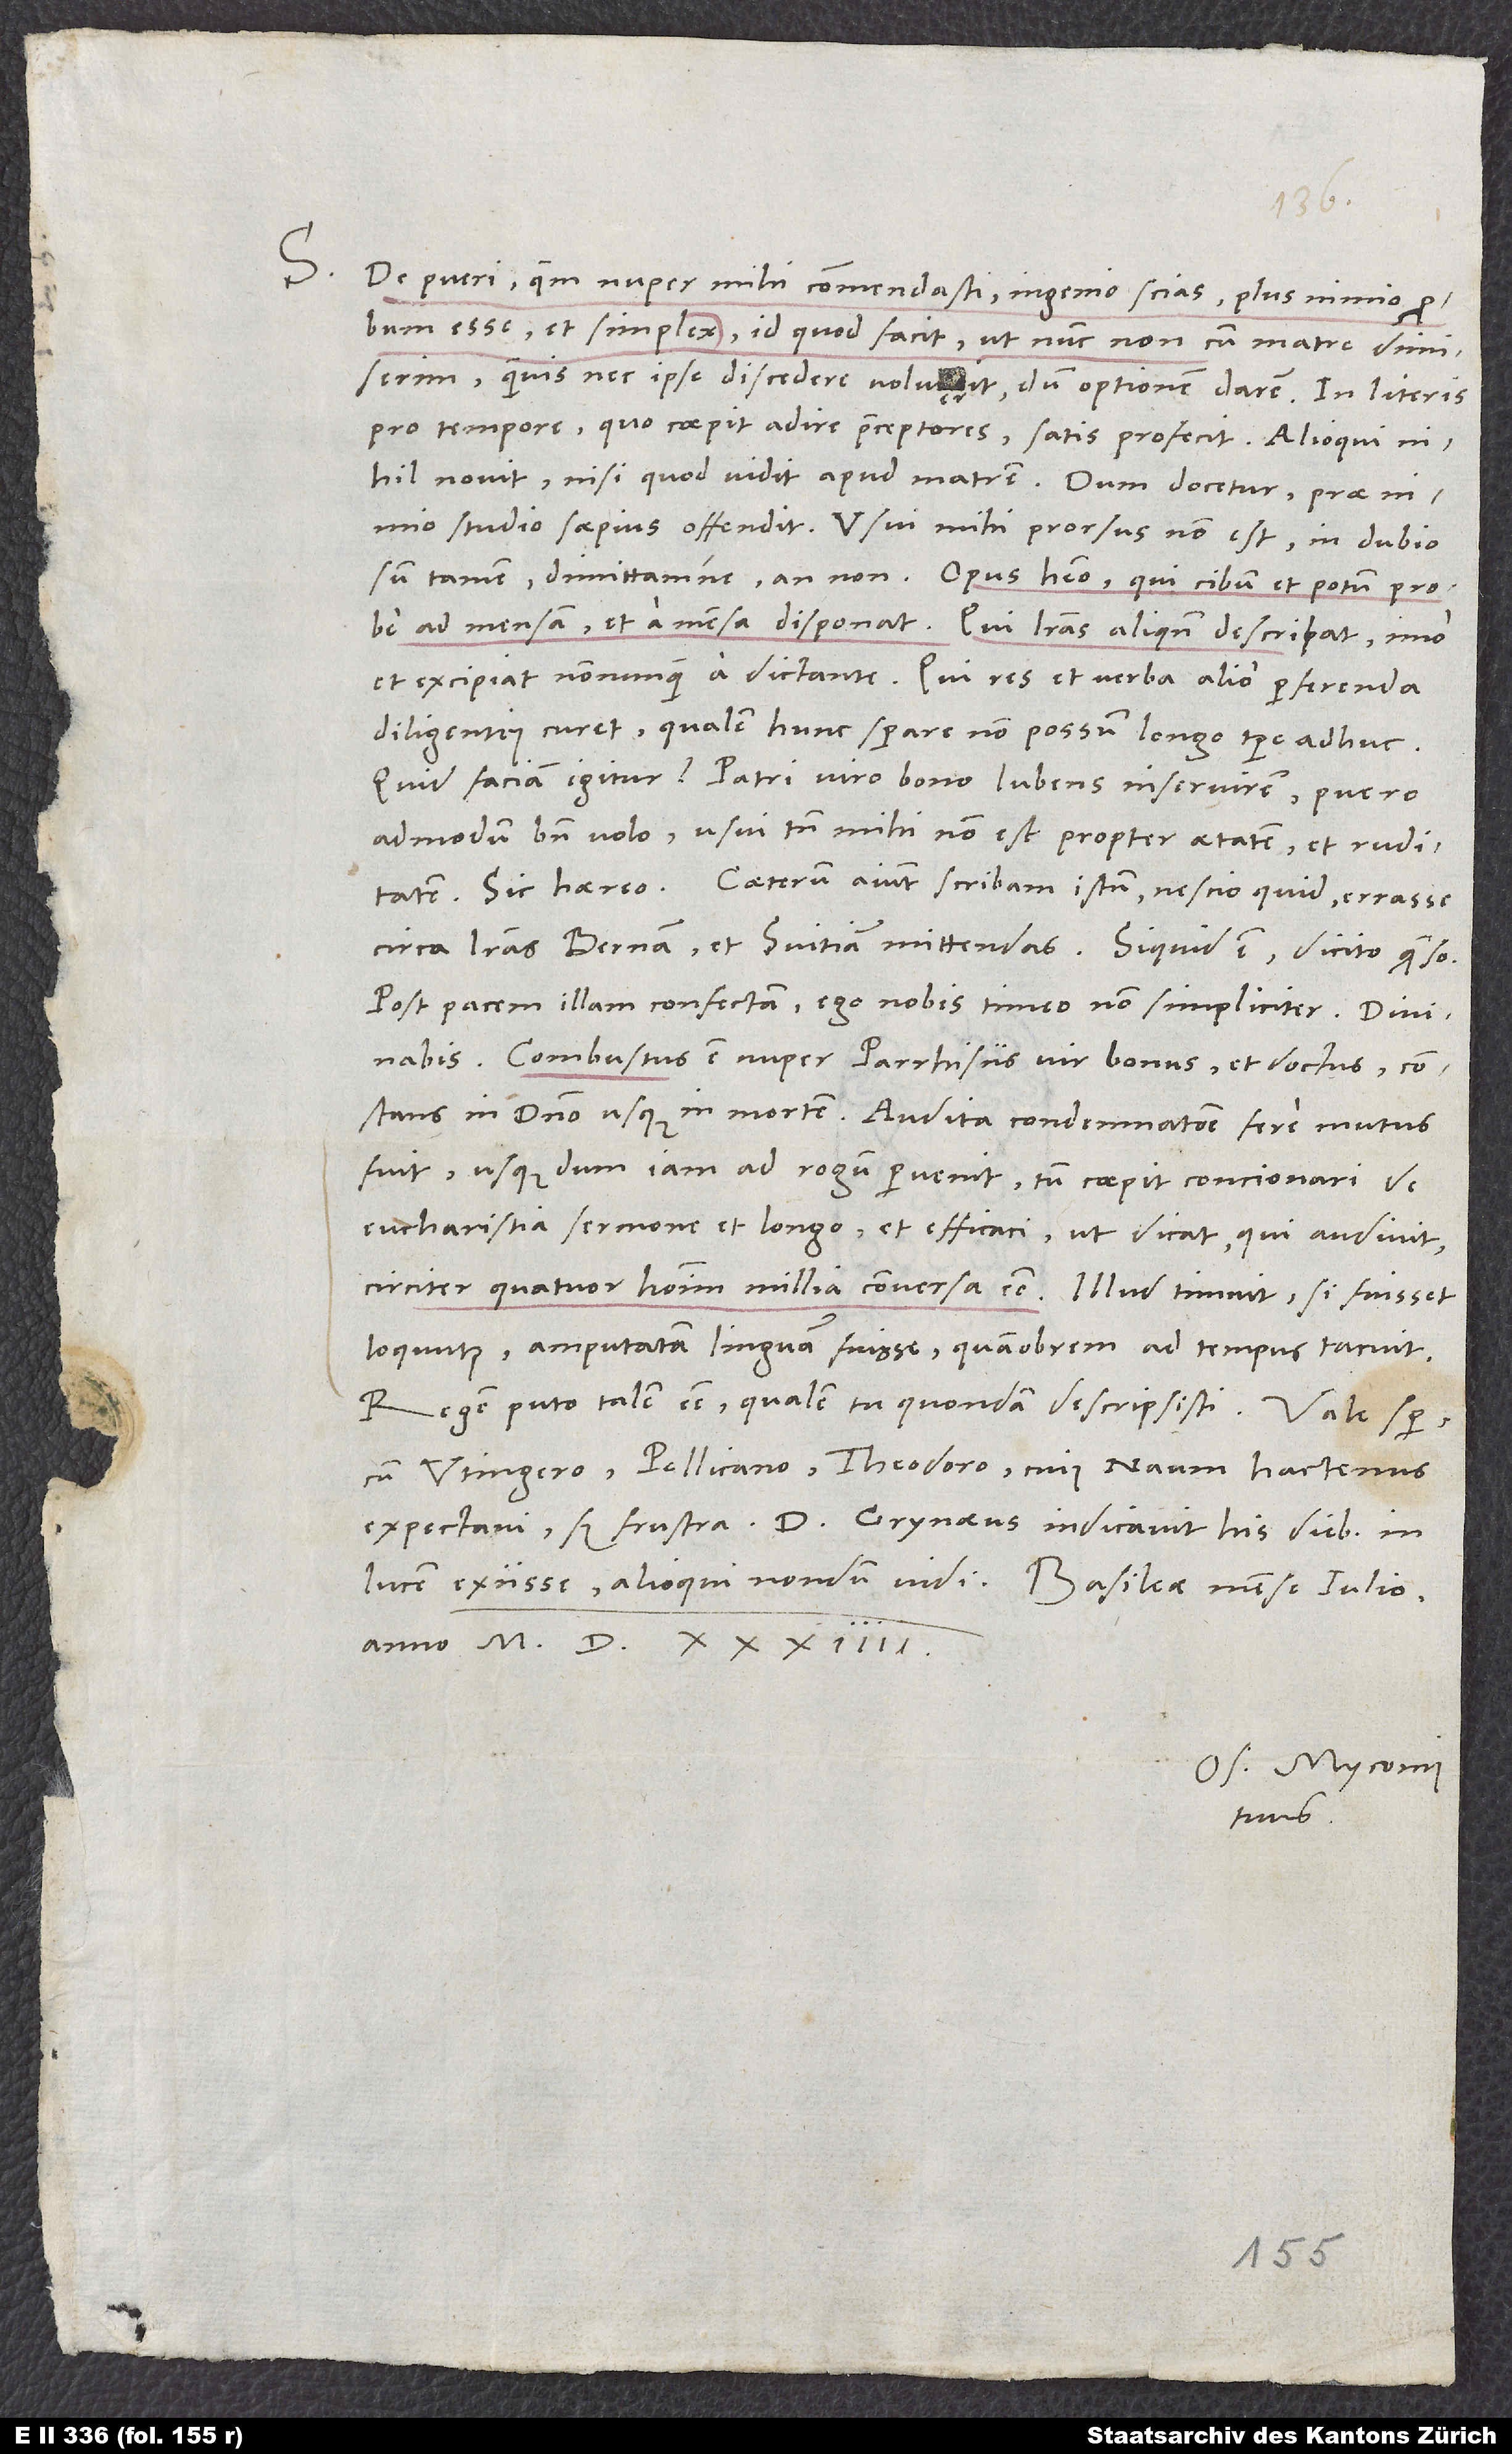
S.

De pueri, quem nuper mihi commendasti, ingenio scias plus nimio probum
esse, et simplex, id quod facit, ut nunc non cum matre dimiserim.
Quamvis nec ipse discedere voluerit, dum optionem darem. In literis
pro tempore, quo coepit adire praeceptores, satis profecit. Alioqui
nihil novit, nisi quod vidit apud matrem. Dum docetur, prae
studio saepius offendit. Usui mihi prorsus non est. In dubio
sum tamen dimittamne an non. Opus habeo, qui cibum et potum probe
ad mensam et a mensa disponat, qui literas aliquando describat, imo
et excipiat nonnunquam a dictante, qui res et verba alio perferenda
diligentius curet. Qualem hunc sperare non possum longo tempore adhuc.
Quid faciam igitur? Patri viro bono lubens inservirem, puero
admodum bene volo. Usui tamen mihi non est propter aetatem et ruditatem.
Caeterum aiunt scribam istum nescio quid errasse
circa literas Bernam et Svitiam mittendas. Si quid est, dicito quaeso.
Post pacem illam confectam ego nobis timeo non simpliciter. Divinabis.
Combustus est nuper Parrhisiis vir bonus et doctus, constans
in domino usque in mortem. Audita condemnatione fere mutus
fuit, usque dum iam ad rogum pervenit. Tum coepit concionari de
eucharistia sermone et longo et efficaci, ut dicat, qui audivit,
circiter quatuor hominum millia conversa esse. Illud timuit, si fuisset
loquutus, amputatam linguam fuisse, quamobrem ad tempus tacuit.
Regem puto talem esse, qualem tu quondam descripsisti.
cum Utingero, Pellicano, Theodoro cuius Naum hactenus,
expectavi, sed frustra. Dominus Grynaeus indicavit his diebus in
anno 1534.
Os. Myconius
tuus.